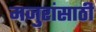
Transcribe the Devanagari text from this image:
मजुरांसाठी